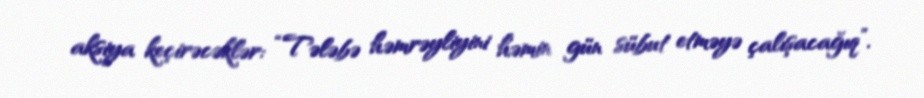
aksiya keçirəcəklər: “Tələbə həmrəyliyini həmin gün sübut etməyə çalışacağıq”.